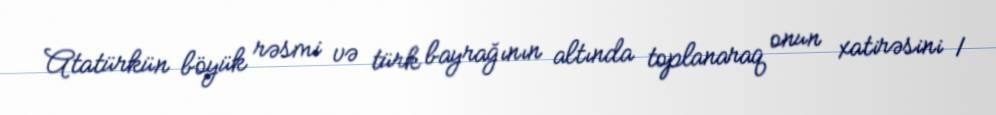
Atatürkün böyük rəsmi və türk bayrağının altında toplanaraq onun xatirəsini 1